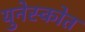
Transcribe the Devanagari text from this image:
युनेस्कोत